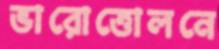
ভারোত্তোলনে